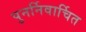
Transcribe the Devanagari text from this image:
पुनर्निवार्चित